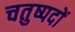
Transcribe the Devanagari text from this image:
चतुष्पदों